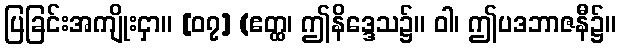
ပြခြင်းအကျိုးငှာ။ [၀၇] (ဧတ္ထ၊ ဤနိဒ္ဒေသ၌။ ဝါ၊ ဤပဒဘာဇနီ၌။